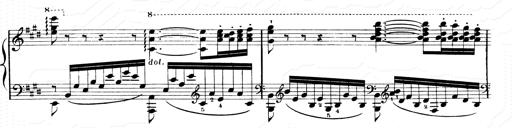
Title: 2 Transcriptions d'aprÃ¨s Rossini
Composer: Franz Liszt